Annual administration report of the Civil Veterinary Department, Ajmere-Merwara, British Rajputana - 1914-1940
Year: 1914
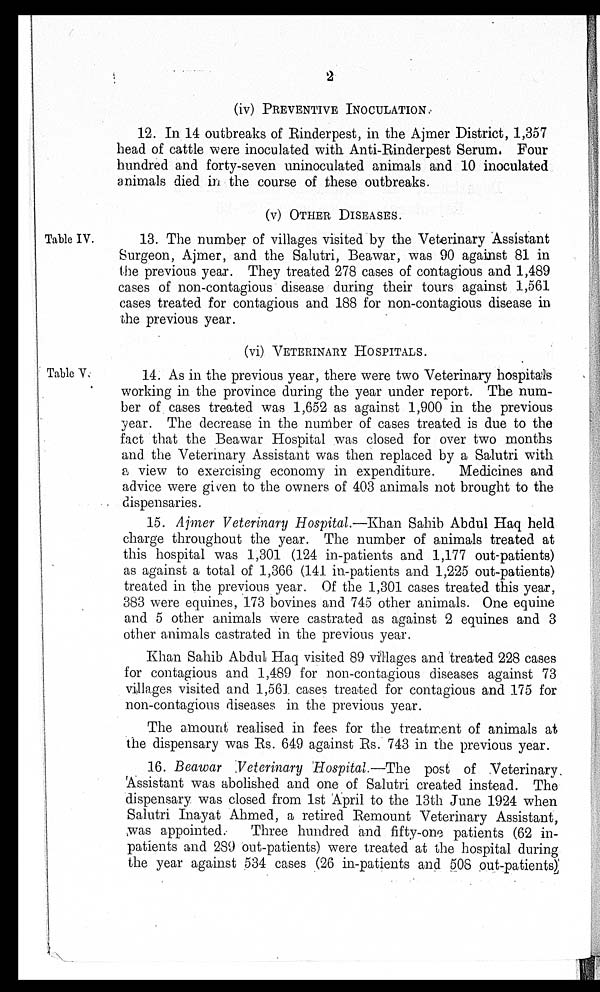
2
(iv) PREVENTIVE INOCULATION.
12. In 14 outbreaks of Rinderpest, in the Ajmer District, 1,357
head of cattle were inoculated with Anti-Rinderpest Serum. Four
hundred and forty-seven uninoculated animals and 10 inoculated
animals died in the course of these outbreaks.
(v) OTHER DISEASES.
Table IV.
13. The number of villages visited by the Veterinary Assistant
Surgeon, Ajmer, and the Salutri, Beawar, was 90 against 81 in
the previous year. They treated 278 cases of contagious and 1,489
cases of non-contagious disease during their tours against 1,561
cases treated for contagious and 188 for non-contagious disease in
the previous year.
(vi) VETERINARY HOSPITALS.
Table V
14. As in the previous year, there were two Veterinary hospitals
working in the province during the year under report. The num-
ber of cases treated was 1,652 as against 1,900 in the previous
year. The decrease in the number of cases treated is due to the
fact that the Beawar Hospital was closed for over two months
and the Veterinary Assistant was then replaced by a Salutri with
a view to exercising economy in expenditure.
Medicines and
advice were given to the owners of 403 animals not brought to the
dispensaries.
15. Ajmer Veterinary Hospital.—Khan Sahib Abdul Haq held
charge throughout the year. The number of animals treated at
this hospital was 1,301 (124 in-patients and 1,177 out-patients)
as against a total of 1,366 (141 in-patients and 1,225 out-patients)
treated in the previous year. Of the 1,301 cases treated this year,
383 were equines, 173 bovines and 745 other animals. One equine
and 5 other animals were castrated as against 2 equines and 3
other animals castrated in the previous year.
Khan Sahib Abdul Haq visited 89 villages and treated 228 cases
for contagious and 1,489 for non-contagious diseases against 73
villages visited and 1,561 cases treated for contagious and 175 for
non-contagious diseases in the previous year.
The amount realised in fees for the treatment of animals at
the dispensary was Rs. 649 against Rs. 743 in the previous year.
16. Beawar Veterinary Hospital.—The
post of Veterinary
Assistant was abolished and one of Salutri created instead. The
dispensary was closed from 1st April to the 13th June 1924 when
Salutri Inayat Ahmed, a retired Remount Veterinary Assistant,
was appointed.
Three hundred and fifty-one patients (62 in-
patients and 289 out-patients) were treated at the hospital during
the year against 534 cases (26 in-patients and 508 out-patients)